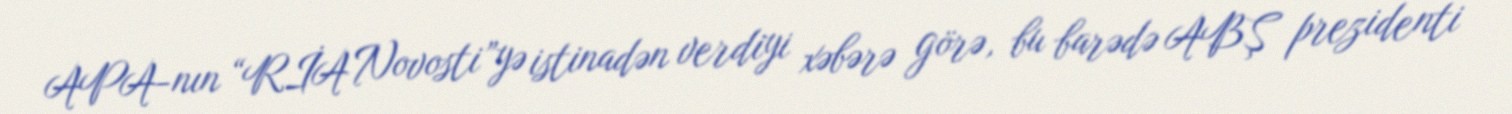
APA-nın “RİA Novosti”yə istinadən verdiyi xəbərə görə, bu barədə ABŞ prezidenti